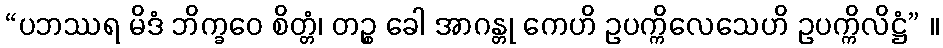
“ပဘဿရ မိဒံ ဘိက္ခဝေ စိတ္တံ၊ တဉ္စ ခေါ အာဂန္တု ကေဟိ ဥပက္ကိလေသေဟိ ဥပက္ကိလိဋ္ဌံ” ။